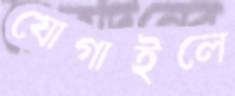
যোগাইলে